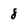
Character: 8